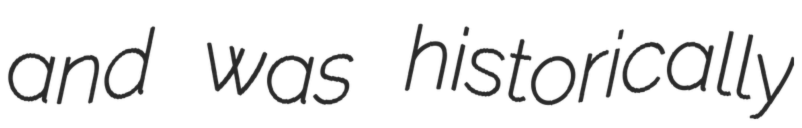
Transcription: and was historically